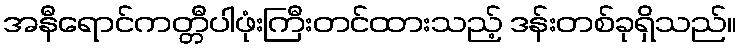
အနီရောင်ကတ္တီပါဖုံးကြီးတင်ထားသည့် ဒန်းတစ်ခုရှိသည်။